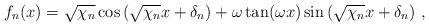
LaTeX: \begin{align*}f_n(x) = \sqrt{\chi_n} \cos\left(\sqrt{\chi_n} x + \delta_n\right)+ \omega \tan(\omega x) \sin\left(\sqrt{\chi_n} x + \delta_n\right) \,,\end{align*}